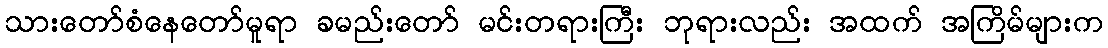
သားတော်စံနေတော်မူရာ ခမည်းတော် မင်းတရားကြီး ဘုရားလည်း အထက် အကြိမ်များက